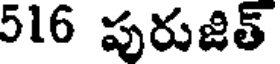
516 పురుజిత్